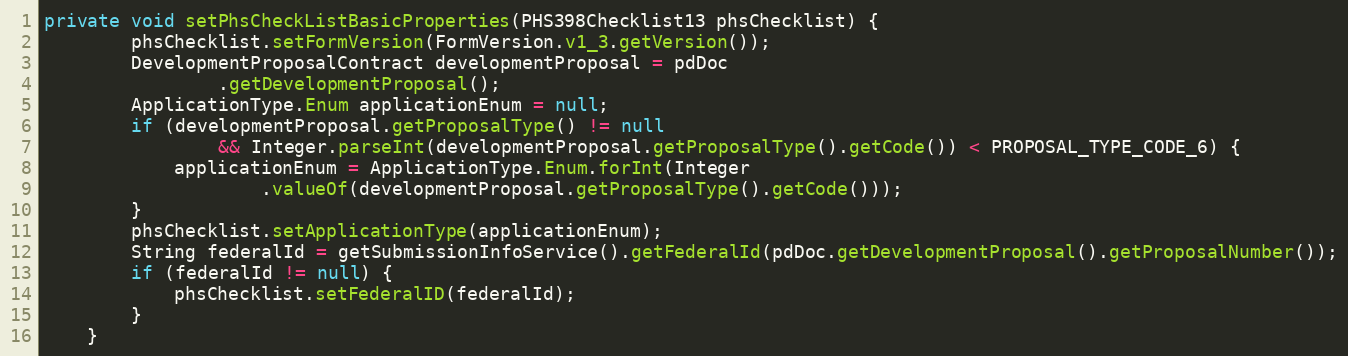
Language: Java
private void setPhsCheckListBasicProperties(PHS398Checklist13 phsChecklist) {
		phsChecklist.setFormVersion(FormVersion.v1_3.getVersion());
		DevelopmentProposalContract developmentProposal = pdDoc
				.getDevelopmentProposal();
		ApplicationType.Enum applicationEnum = null;
		if (developmentProposal.getProposalType() != null
				&& Integer.parseInt(developmentProposal.getProposalType().getCode()) < PROPOSAL_TYPE_CODE_6) {
			applicationEnum = ApplicationType.Enum.forInt(Integer
					.valueOf(developmentProposal.getProposalType().getCode()));
		}
		phsChecklist.setApplicationType(applicationEnum);
		String federalId = getSubmissionInfoService().getFederalId(pdDoc.getDevelopmentProposal().getProposalNumber());
		if (federalId != null) {
			phsChecklist.setFederalID(federalId);
		}
	}